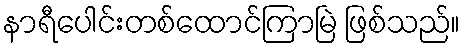
နာရီပေါင်းတစ်ထောင်ကြာမြဲ ဖြစ်သည်။